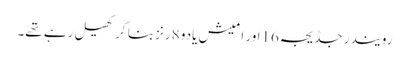
رویندر جڈیجہ16اور امیش یادو 8رنز بنا کر کھیل رہے تھے۔